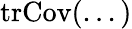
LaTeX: \mathrm{tr}\mathrm{Cov}(...)